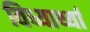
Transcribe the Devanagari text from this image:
विध्यार्थ्या